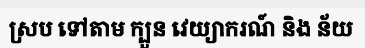
ស្រប ទៅតាម ក្បួន វេយ្យាករណ៍ និង ន័យ